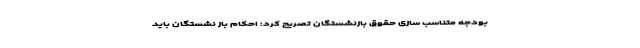
بودجه متناسب سازی حقوق بازنشستگان تصریح کرد: احکام باز نشستگان باید